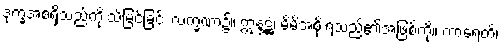
ဒုက္ခအစရှိသည်ကို သိမြင်ခြင်း လက္ခဏာ၌။ ဣန္ဒဋ္ဌံ၊ မိမိအစိုးရသည်၏အဖြစ်ကို။ ကာရေတိ၊